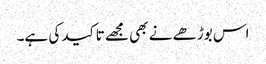
اس بوڑھے نے بھی مجھے تاکید کی ہے۔